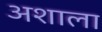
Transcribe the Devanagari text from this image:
अशाला